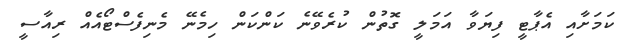
ކަމަށާއި އެޕާޓީ ފިޔަވާ އަމަލީ ގޮތުން ކުރެވޭނެ ކަންކަން ހިމެނޭ މެނިފެސްޓޯއެއް ރިއާސީ